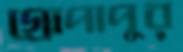
গ্রোপাপুর